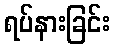
ရပ်နားခြင်း